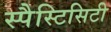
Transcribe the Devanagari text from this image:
स्पैस्टिसिटी